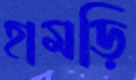
হামড়ি